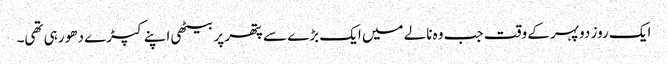
ایک روز دوپہر کے وقت جب وہ نالے میں ایک بڑے سے پتھر پر بیٹھی اپنے کپڑے دھو رہی تھی۔